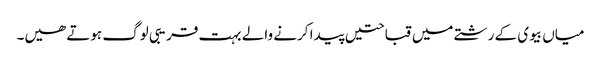
میاں بیوی کے رشتے میں قباحتیں پیدا کرنے والے بہت قریبی لوگ ہوتے ھیں۔